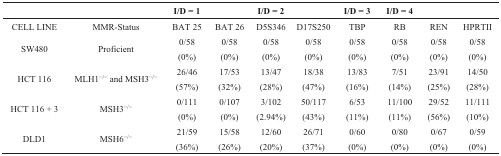
<table><thead><tr><td></td><td></td><td><b>I/D = 1</b></td><td></td><td><b>I/D = 2</b></td><td></td><td><b>I/D = 3</b></td><td><b>I/D = 4</b></td><td></td><td></td></tr></thead><tbody><tr><td>CELL LINE</td><td>MMR-Status</td><td>BAT 25</td><td>BAT 26</td><td>D5S346</td><td>D17S250</td><td>TBP</td><td>RB</td><td>REN</td><td>HPRTII</td></tr><tr><td>SW480</td><td>Proficient</td><td>0/58 (0%)</td><td>0/58 (0%)</td><td>0/58 (0%)</td><td>0/58 (0%)</td><td>0/58 (0%)</td><td>0/58 (0%)</td><td>0/58 (0%)</td><td>0/58 (0%)</td></tr><tr><td>HCT 116</td><td>MLH1<sup>−/−</sup> and MSH3<sup>−/−</sup></td><td>26/46 (57%)</td><td>17/53 (32%)</td><td>13/47 (28%)</td><td>18/38 (47%)</td><td>13/83 (16%)</td><td>7/51 (14%)</td><td>23/91 (25%)</td><td>14/50 (28%)</td></tr><tr><td>HCT 116 + 3</td><td>MSH3<sup>−/−</sup></td><td>0/111 (0%)</td><td>0/107 (0%)</td><td>3/102 (2.94%)</td><td>50/117 (43%)</td><td>6/53 (11%)</td><td>11/100 (11%)</td><td>29/52 (56%)</td><td>11/111 (10%)</td></tr><tr><td>DLD1</td><td>MSH6<sup>−/−</sup></td><td>21/59 (36%)</td><td>15/58 (26%)</td><td>12/60 (20%)</td><td>26/71 (37%)</td><td>0/60 (0%)</td><td>0/80 (0%)</td><td>0/67 (0%)</td><td>0/59 (0%)</td></tr></tbody></table>